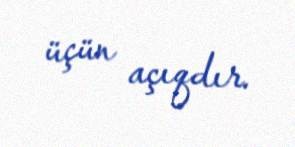
üçün açıqdır.